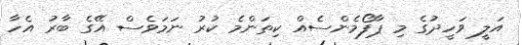
އަލީ ވަހީދުގެ މި ޕާފޯމެންސެއް ކިތަންމެ ކުރު ނަމަވެސް އޭގެ ބާރު އެހާ